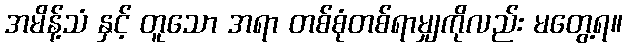
အမိန့်သံ နှင့် တူသော အရာ တစ်စုံတစ်ရာမျှကိုလည်း မတွေ့ရ။